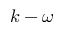
k - \omega